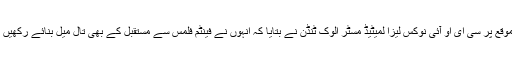
اس موقع پر سی ای او آئی نوکس لیزا لمیٹیڈ مسٹر الوک ٹنڈن نے بتایا کہ انہوں نے فینٹم فلمس سے مستقبل کے بھی تال میل بنائے رکھیں گے۔